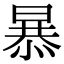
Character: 𭧂